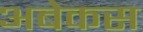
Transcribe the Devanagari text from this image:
अबेकस